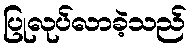
ပြုလုပ်လာခဲ့သည်